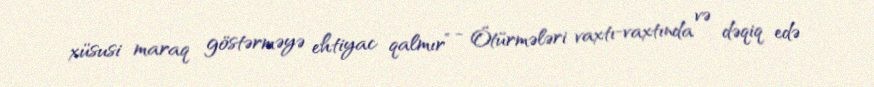
xüsusi maraq göstərməyə ehtiyac qalmır” - Ötürmələri vaxtı-vaxtında və dəqiq edə